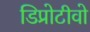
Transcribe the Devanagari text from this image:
डिप्रोटीवो